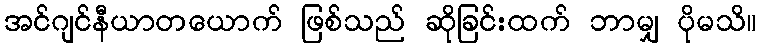
အင်ဂျင်နီယာတယောက် ဖြစ်သည် ဆိုခြင်းထက် ဘာမျှ ပိုမသိ။